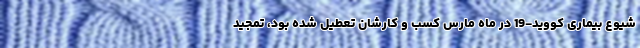
شیوع بیماری کووید-19 در ماه مارس کسب و کارشان تعطیل شده بود، تمجید